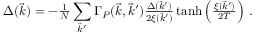
\Delta ( \vec { k } ) = - { \textstyle { \frac { 1 } { N } } } \sum _ { \vec { k } ^ { \prime } } \Gamma _ { P } ( \vec { k } , \vec { k } ^ { \prime } ) { \textstyle { \frac { \Delta ( \vec { k } ^ { \prime } ) } { 2 \xi ( \vec { k } ^ { \prime } ) } } } \operatorname { t a n h } \left( { \textstyle { \frac { \xi ( \vec { k } ^ { \prime } ) } { 2 T } } } \right) \, .